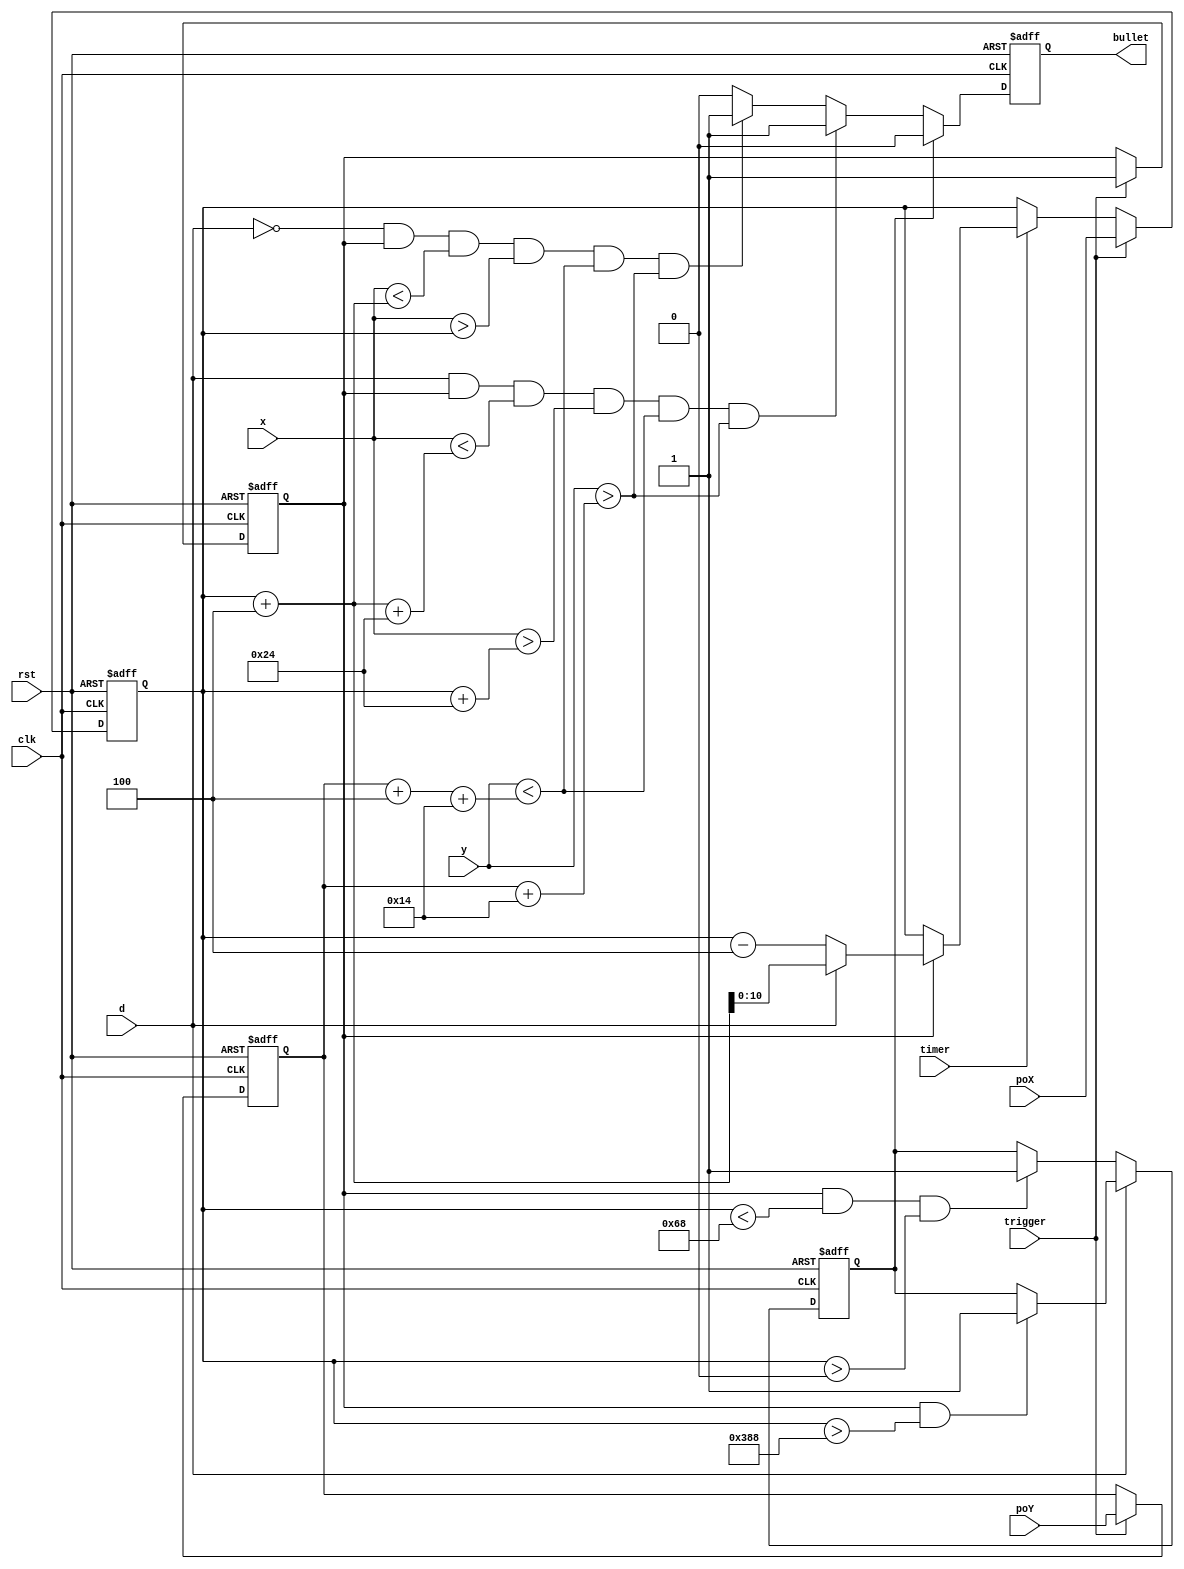
module bullet(
	input clk,
	input rst,
	input [10:0] x,
	input [10:0] y,
	input [10:0] poX,
	input [10:0] poY,
	input trigger,
	input timer,
	input d,
	output reg bullet
    );
parameter w = 4;
parameter s = 4;
reg [10:0] nowX, nowY;
reg start;
reg over;
always@(posedge clk ,posedge rst)
begin
	if(rst)start<=0;
	else if(trigger)start<=1;
	else start<=start;
end
always@(posedge clk, posedge rst)
begin
	if(rst) over <= 0;
	else begin
		if(d) begin 
			if(start && nowX > 904) over <= 1;
			else over <= over;
		end
		else begin 
			if(start && nowX < 104 && nowX>0) over <= 1;
			else over <= over;
		end
	end
end
always@(posedge clk, posedge rst)
begin
	if(rst) nowX <= 0;
	else begin
		if(trigger) nowX <= poX;
		else if(timer) begin
			if(start) nowX <= (d)? nowX+w : nowX-w;
			else nowX <= nowX;
		end
		else nowX <= nowX;
	end
end
always@(posedge clk, posedge rst)
begin
	if(rst) nowY <= 0;
	else begin
		if(trigger) nowY <= poY;
		else nowY <= nowY;
	end
end
always@(posedge clk, posedge rst)
begin
	if(rst) bullet <= 0;
	else begin
		if(over) bullet <= 0;
		else if(d &&start && x < nowX+w+36 && x > nowX+36 && y < nowY+w+20 && y > nowY+20) bullet <= 1;
		else if(!d && start && x < nowX+w && x > nowX && y < nowY+w+20 && y > nowY+20) bullet <= 1;
		else bullet <= 0;
	end
end
endmodule